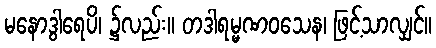
မနောဒွါရေပိ၊ ၌လည်း။ တဒါရမ္မဏဝသေန၊ ဖြင့်သာလျှင်။